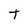
Character: t